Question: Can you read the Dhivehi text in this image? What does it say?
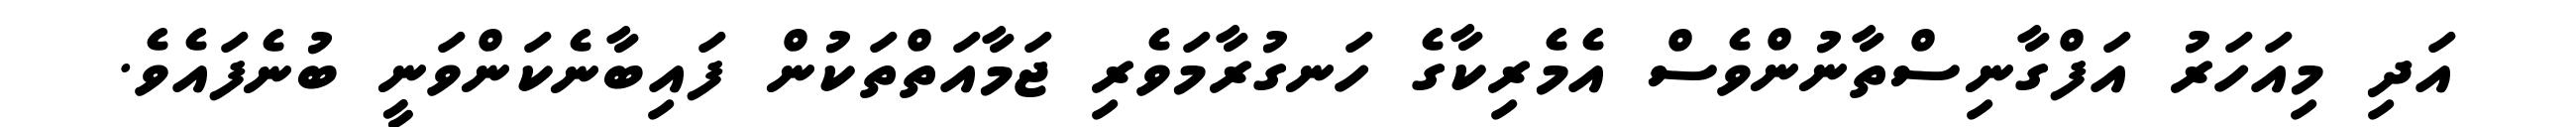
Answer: އަދި މިއަހަރު އަފްގާނިސްތާނުންވެސް އެމެރިކާގެ ހަނގުރާމަވެރި ޖަމާއަތްތަކުން ފައިބާނެކަންވަނީ ބުނެފައެވެ.